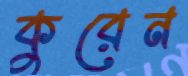
কুরেন